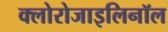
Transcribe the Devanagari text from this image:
क्लोरोजाइलिनॉल